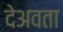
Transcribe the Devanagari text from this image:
देअवता